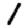
Digit: 1